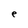
Character: e